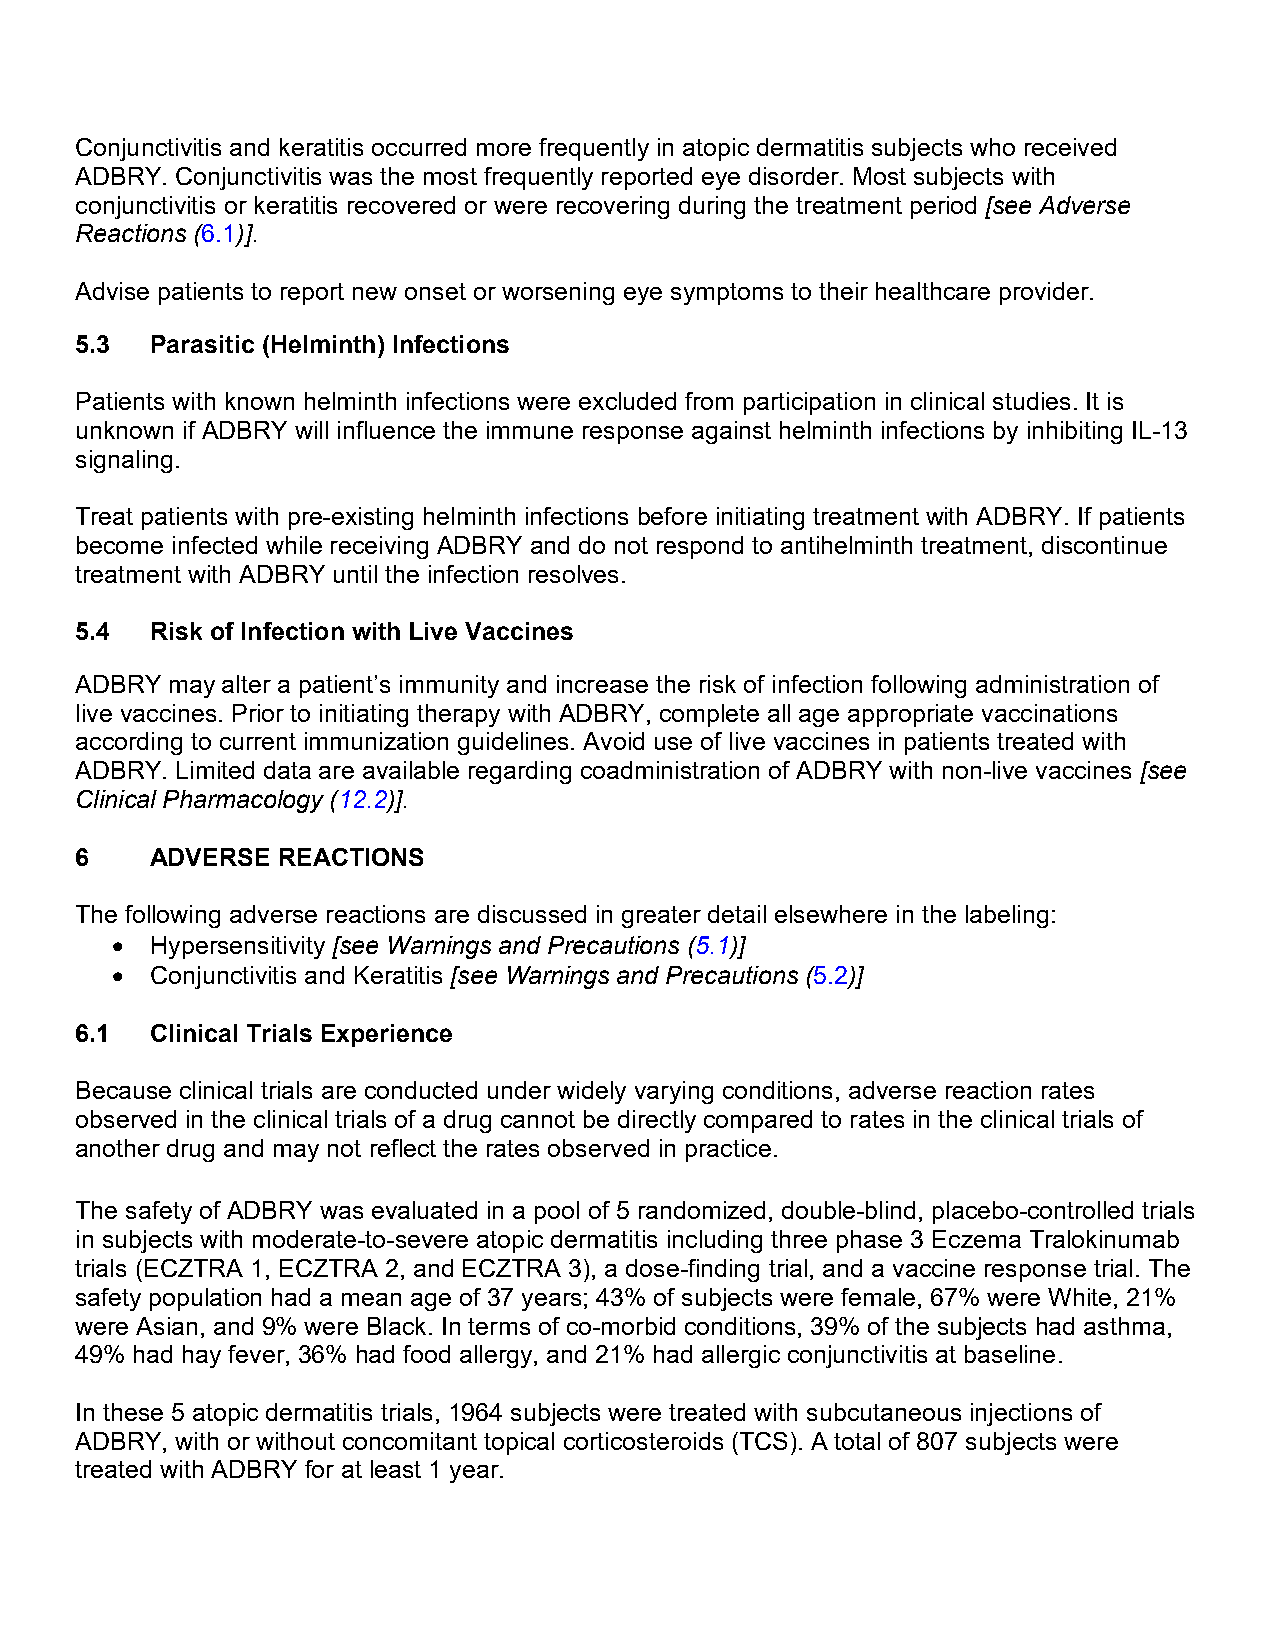
Conjunctivitis and keratitis occurred more frequently in atopic dermatitis subjects who received
 ADBRY. Conjunctivitis was the most frequently reported eye disorder. Most subjects with
 conjunctivitis or keratitis recovered or were recovering during the treatment period [see Adverse
 Reactions (6.1)].
 Advise patients to report new onset or worsening eye symptoms to their healthcare provider.
 5.3  Parasitic (Helminth) Infections
 Patients with known helminth infections were excluded from participation in clinical studies. It is
 unknown if ADBRY will influence the immune response against helminth infections by inhibiting IL-13
 signaling.
 Treat patients with pre-existing helminth infections before initiating treatment with ADBRY. If patients
 become infected while receiving ADBRY and do not respond to antihelminth treatment, discontinue
 treatment with ADBRY until the infection resolves.
 5.4  Risk of Infection with Live Vaccines
 ADBRY may alter a patient’s immunity and increase the risk of infection following administration of
 live vaccines. Prior to initiating therapy with ADBRY, complete all age appropriate vaccinations
 according to current immunization guidelines. Avoid use of live vaccines in patients treated with
 ADBRY. Limited data are available regarding coadministration of ADBRY with non-live vaccines [see
 Clinical Pharmacology (12.2)].
 6    ADVERSE REACTIONS
 The following adverse reactions are discussed in greater detail elsewhere in the labeling:
 •  Hypersensitivity [see Warnings and Precautions (5.1)]
 •  Conjunctivitis and Keratitis [see Warnings and Precautions (5.2)]
 6.1  Clinical Trials Experience
 Because clinical trials are conducted under widely varying conditions, adverse reaction rates
 observed in the clinical trials of a drug cannot be directly compared to rates in the clinical trials of
 another drug and may not reflect the rates observed in practice.
 The safety of ADBRY was evaluated in a pool of 5 randomized, double-blind, placebo-controlled trials
 in subjects with moderate-to-severe atopic dermatitis including three phase 3 Eczema Tralokinumab
 trials (ECZTRA 1, ECZTRA 2, and ECZTRA 3), a dose-finding trial, and a vaccine response trial. The
 safety population had a mean age of 37 years; 43% of subjects were female, 67% were White, 21%
 were Asian, and 9% were Black. In terms of co-morbid conditions, 39% of the subjects had asthma,
 49% had hay fever, 36% had food allergy, and 21% had allergic conjunctivitis at baseline.
 In these 5 atopic dermatitis trials, 1964 subjects were treated with subcutaneous injections of
 ADBRY, with or without concomitant topical corticosteroids (TCS). A total of 807 subjects were
 treated with ADBRY for at least 1 year.